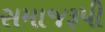
સમાજરૂપી